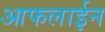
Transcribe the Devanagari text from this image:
आफलाईन